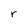
Character: r